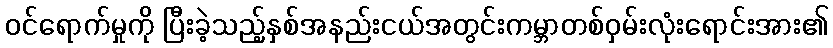
ဝင်ရောက်မှုကို ပြီးခဲ့သည့်နှစ်အနည်းငယ်အတွင်းကမ္ဘာတစ်ဝှမ်းလုံးရောင်းအား၏